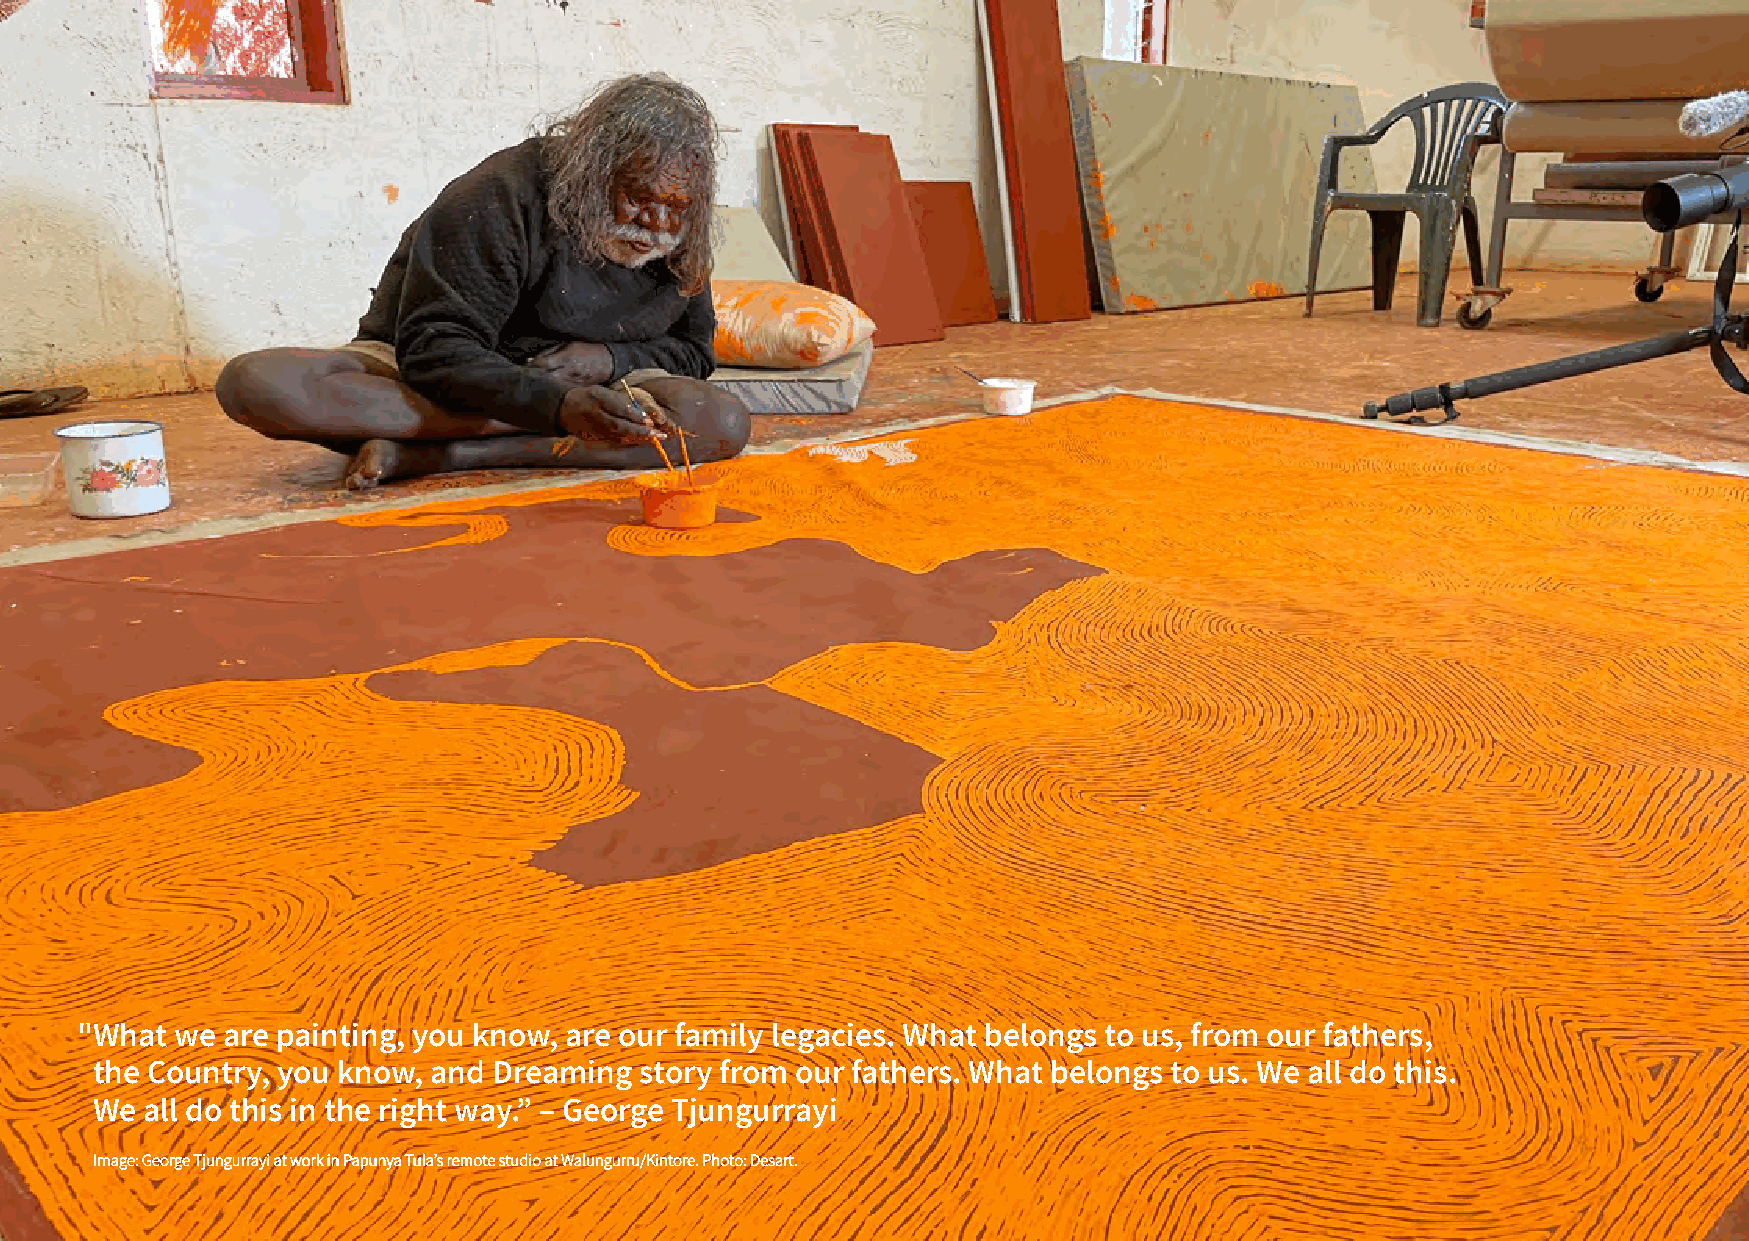
" What we are painting, you know, are our family legacies. What belongs to us, from our fathers,
 the Country, you know, and Dreaming story from our fathers. What belongs to us. We all do this.
 We all do this in the right way.” – George Tjungurrayi
 IImmaaggee:: GGeeoorrggee TTjjuunngguurrrraayyii aatt wwoorrkk iinn PPaappuunnyyaa TTuullaa’’ss rreemmoottee ssttuuddiioo aatt WWaalluunngguurrrruu//KKiinnttoorree.. PPhhoottoo:: DDeessaarrtt..